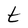
Character: t